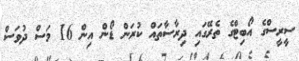
ސީރީސްގެ އޯބިޓްގެ ތެރޭގައި ދިރާސާތައް ކުރަން ޑޯން އިން 16 މަސް ދުވަސް